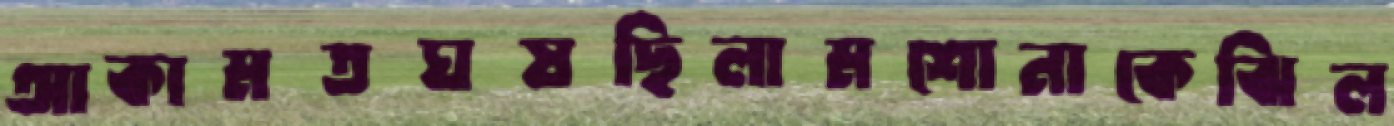
আকামতঘষছিলামশোনাকেঝিল